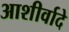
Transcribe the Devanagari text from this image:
आशीर्वादे